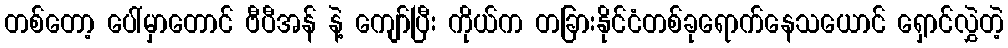
တစ်တော့ ပေါ်မှာတောင် ဗီပီအန် နဲ့ ကျော်ပြီး ကိုယ်က တခြားနိုင်ငံတစ်ခုရောက်နေသယောင် ရှောင်လွှဲတဲ့